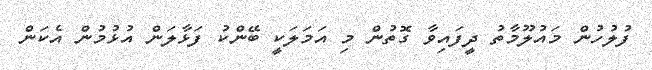
ފުލުހުން މައުލޫމާތު ދީފައިވާ ގޮތުން މި އަމަލަކީ ބޭންކު ފަޅާލަން އުޅުމުން އެކަން